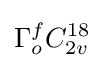
\Gamma _{o}^{f}C_{2v}^{18}